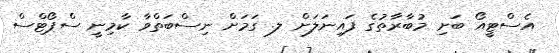
އެސްޓީއޯ ބަށި މުބާރާތުގެ ފައިނަލަށް ލ. ގަމަށް ނިސްބަތްވާ ކާމިނީ ސްޕޯޓްސް